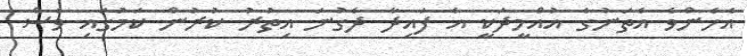
އެހެންވެ އެތަނުގެ އުއްމީދަކީ އެ ފައިދާ ދެގުނަ އިތުރު ކުރުން ކަމުގައި ވެސް